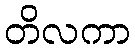
တိလကာ